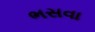
ભસવા